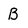
Character: B